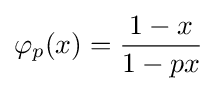
\varphi _{p}(x)={\frac {1-x}{1-px}}